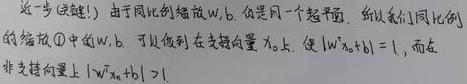
进一步 (关键!) 由于同比例缩放 \( w,b \) 仍是同一个超平面, 所以我们同比例的缩放 \(\textcircled{1}\) 中的 \( w,b \) 可以做到在支持向量 \( x_0 \) 上, 使 \( |w^Tx_0 + b| = 1 \), 而在非支持向量上 \( |w^Tx + b| > 1 \) 。